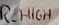
Text: R_HIGH